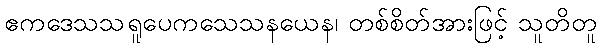
ဧကဒေသသရူပေကသေသနယေန၊ တစ်စိတ်အားဖြင့် သူတိတူ